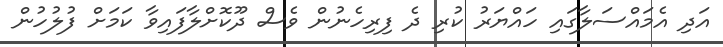
އަދި އެމައްސަލާގައި ހައްޔަރު ކުރި ދެ ފިރިހެނުން ވެސް ދޫކޮށްލާފައިވާ ކަމަށް ފުލުހުން